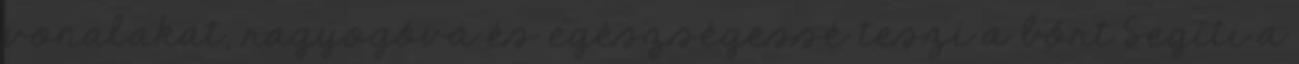
vonalakat, ragyogóvá és egészségessé teszi a bőrt Segíti a